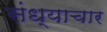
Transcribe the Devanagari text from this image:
संध्याचार